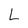
Character: l